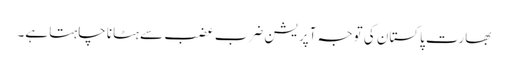
بھارت پاکستان کی توجہ آپریشن ضرب عضب سے ہٹانا چاہتا ہے۔